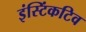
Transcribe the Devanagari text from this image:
इंस्टिंकटिव